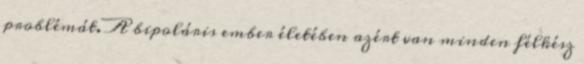
problémát. A bipoláris ember életében azért van minden félkész